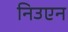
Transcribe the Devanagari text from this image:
निउएन